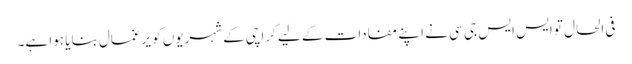
فی الحال تو ایس ایس جی سی نے اپنے مفادات کے لیے کراچی کے شہریوں کو یرغمال بنایا ہوا ہے۔